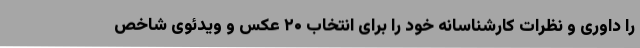
را داوری و نظرات کارشناسانه‌ خود را برای انتخاب ۲۰ عکس و ویدئوی شاخص